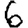
Digit: 6